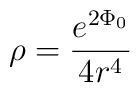
\rho = \frac{e^{2\Phi_{0}}}{4r^{4}}